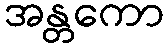
အန္တကော